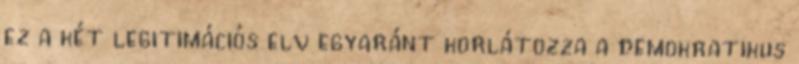
ez a két legitimációs elv egyaránt korlátozza a demokratikus